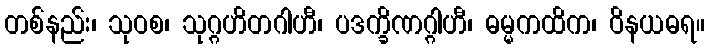
တစ်နည်း၊ သုဝစ၊ သုဂ္ဂဟိတဂါဟီ၊ ပဒက္ခိဏဂ္ဂါဟီ၊ ဓမ္မကထိက၊ ဝိနယဓရ။